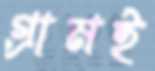
গ্রামই